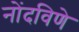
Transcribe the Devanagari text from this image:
नोंदविणे